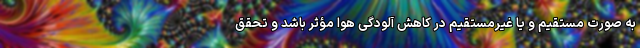
به صورت مستقیم و یا غیرمستقیم در کاهش آلودگی هوا مؤثر باشد و تحقق